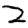
Digit: 2